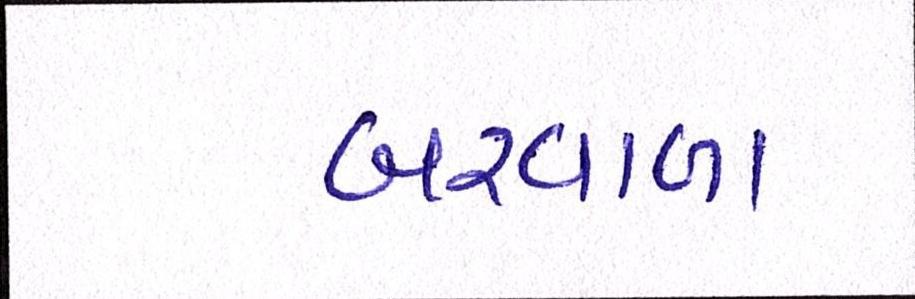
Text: બરવાળા